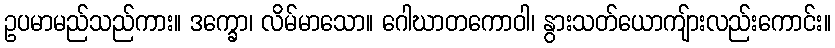
ဥပမာမည်သည်ကား။ ဒက္ခော၊ လိမ်မာသော။ ဂေါဃာတကောဝါ၊ နွားသတ်ယောကျ်ားလည်းကောင်း။